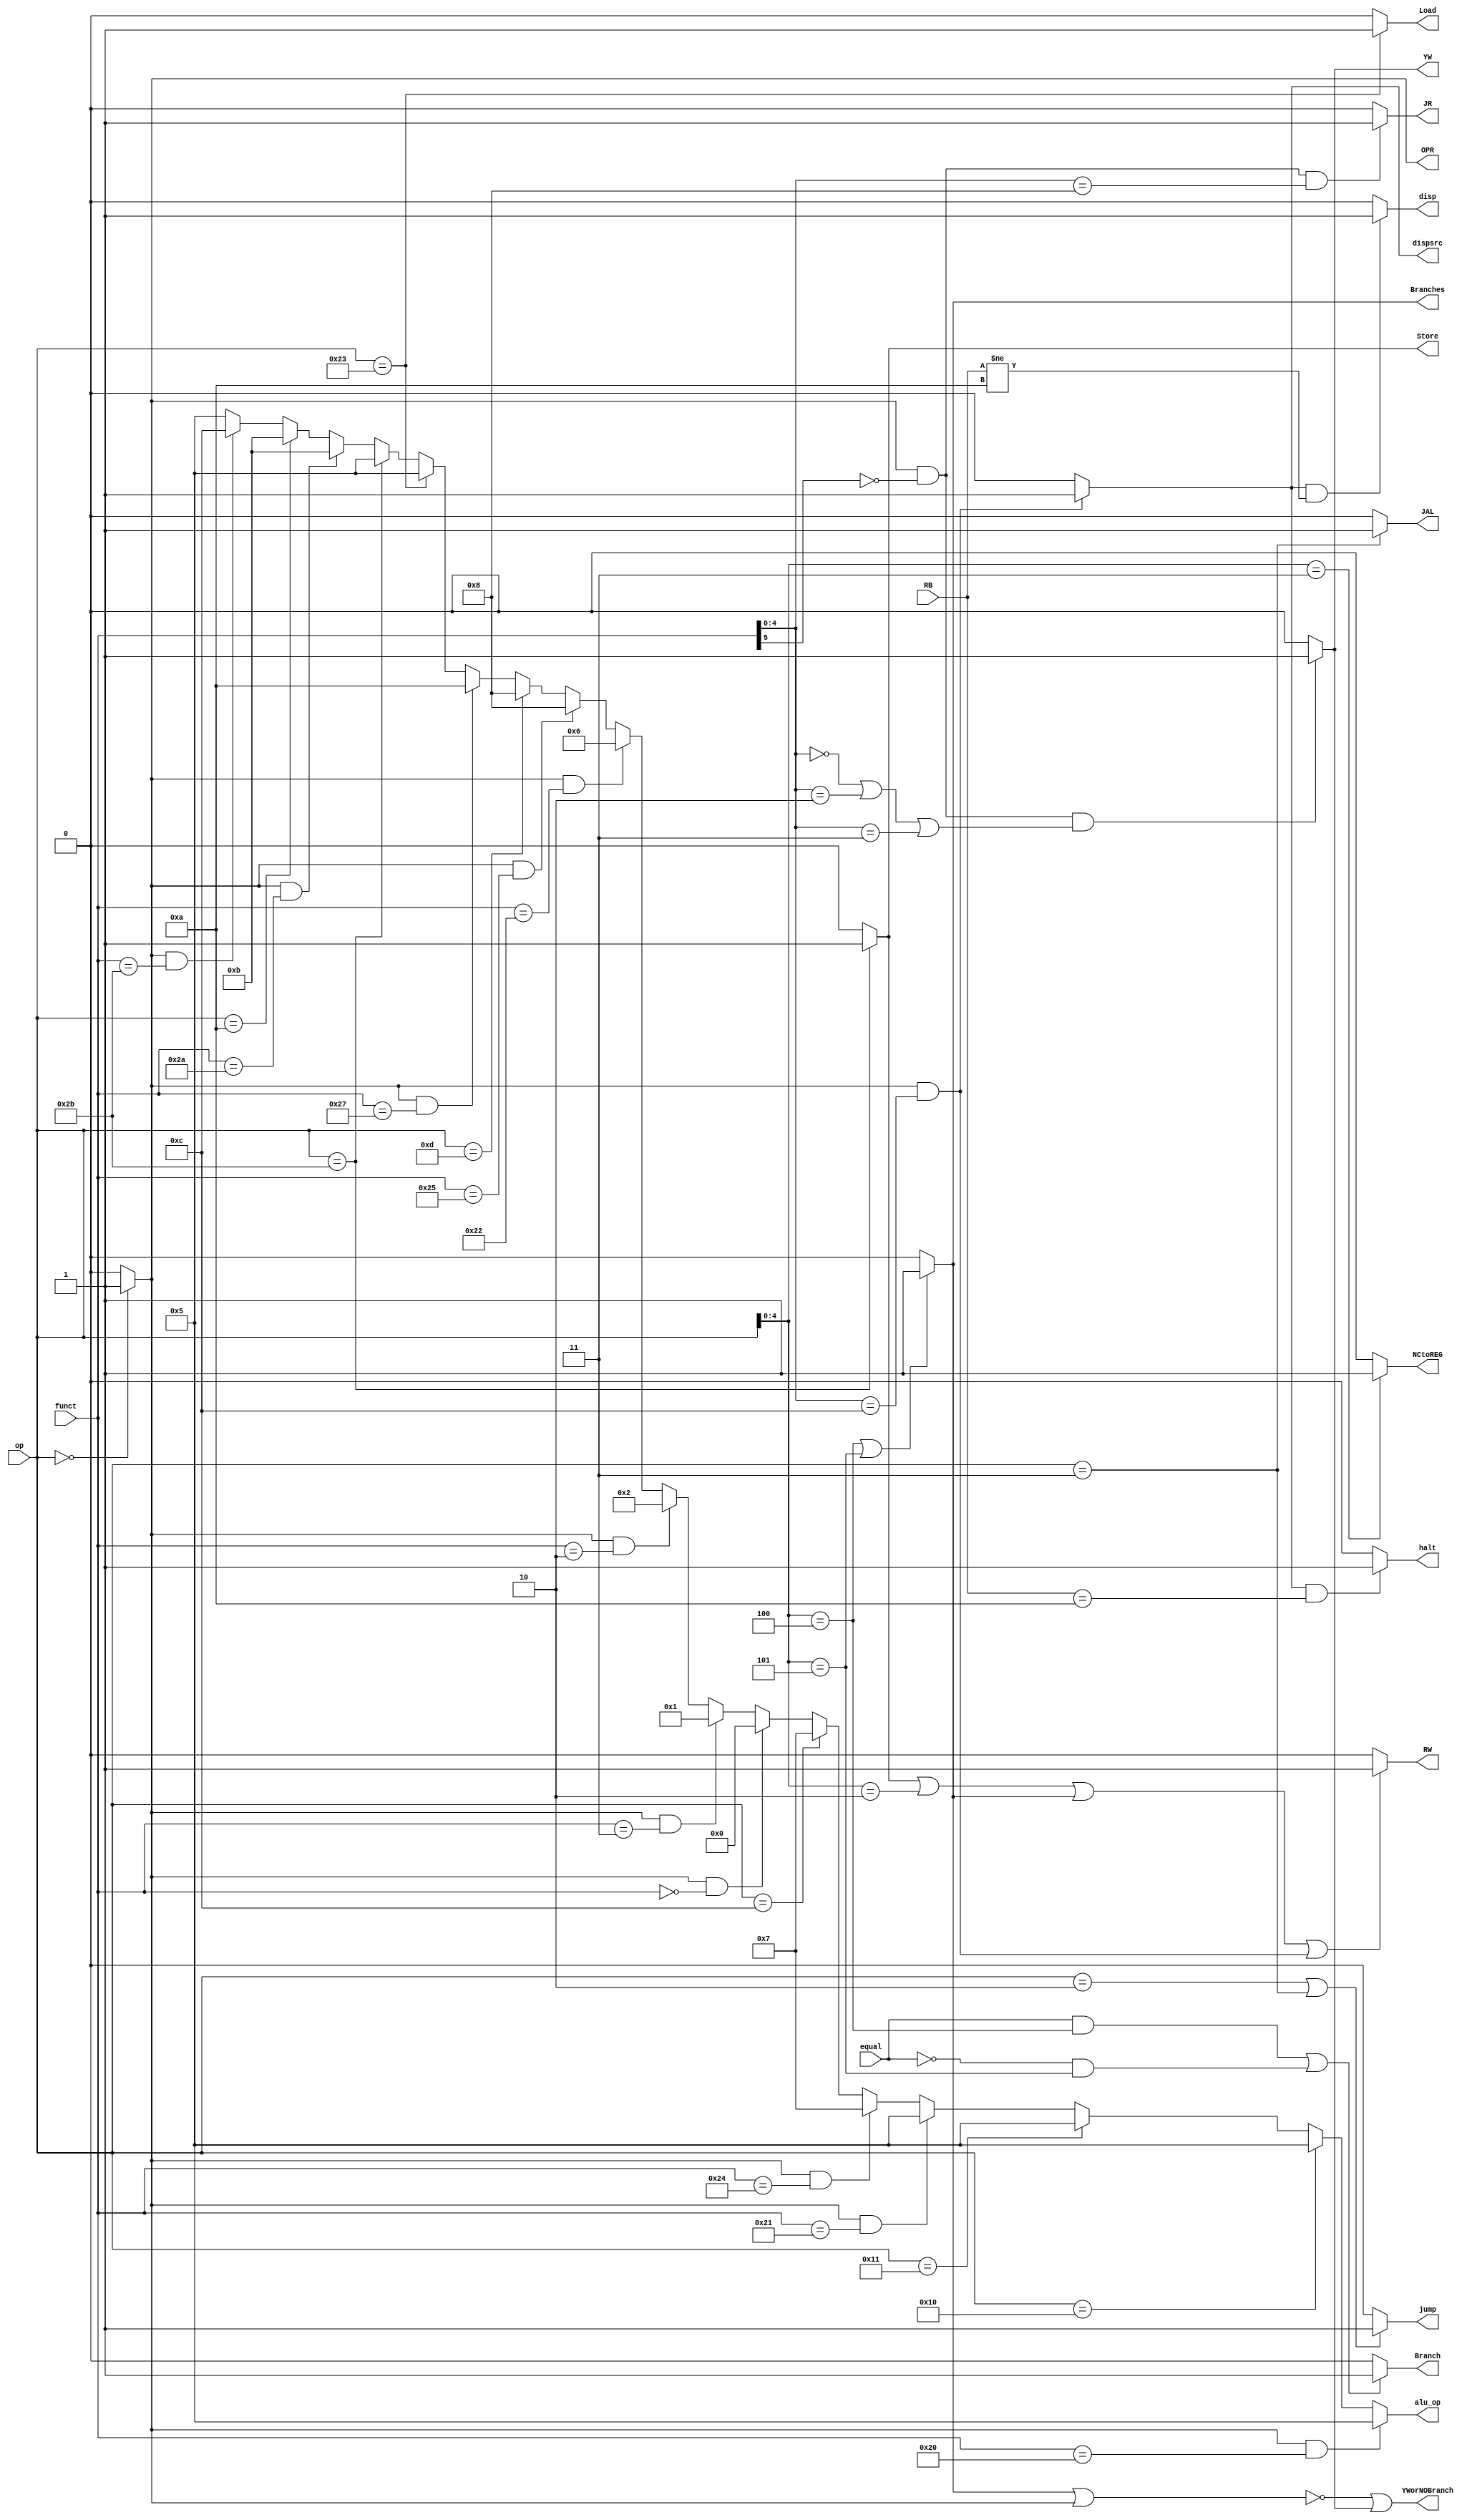
`timescale 1ns / 1ps
//////////////////////////////////////////////////////////////////////////////////
// Company: 
// Engineer: 
// 
// Design Name: 
// Module Name: control
// Project Name: 
// Target Devices: 
// Tool Versions: 
// Description: 
// 
// Dependencies: 
// 
// Revision:
// Revision 0.01 - File Created
// Additional Comments:
// 
//////////////////////////////////////////////////////////////////////////////////


module control(op,funct,equal,RB,jump,NCtoREG,YWorNOBranch,Branch,Store,JAL,OPR,JR,Load,RW,YW,Branches,alu_op,dispsrc,disp,halt);
 input [5:0] op;
 input [5:0] funct;
 input equal;
 input [31:0] RB;
 output  jump,NCtoREG,YWorNOBranch,Branch,Store,JAL,OPR,JR,Load,RW,YW,Branches, dispsrc,disp,halt;
 output [3:0] alu_op;
   assign OPR=(op==0)?1:0;
   assign jump=(op==6'b000010||op==6'b000011)?1:0;
   assign JAL=(op==6'b000011)?1:0;
   assign NCtoREG=(op[4:0]==5'b00011)?1:0;
   assign Load=(op==6'b100011)?1:0;
   assign Branches=(op[4:0]==5'b00100||op[4:0]==5'b00101)?1:0;
   assign Store=(op==6'b101011)?1:0;
   assign Branch=((equal&&(op[4:0]==5'b00100))||(~equal&&op[4:0]==5'b00101))?1:0;
   assign YW=(OPR&&(~funct[5:5])&&((funct[4:0]==5'b00000)||(funct[4:0]==5'b00010)||(funct[4:0]==5'b00011)))?1:0;
   assign YWorNOBranch=(~(Branches||OPR)||YW);
   assign RW=(Store||(op[4:0]==5'b00010)||Branches||(OPR&&(funct[4:0]==5'b01100)))?1:0;
   assign JR=(OPR&&(~funct[5:5])&&(funct[4:0]==5'b01000))?1:0;
   assign dispsrc=(OPR&&(funct[4:0]==5'b01100))?1:0;
   assign halt=(dispsrc&&(RB==10))?1:0;
   assign disp=(dispsrc&&(RB!=10))?1:0;
  
   assign alu_op=(OPR&&(funct==6'b100000))?4'b0101:
                 (op==6'b010000)?4'b0101:
                 (op==6'b010001)?4'b0101:
                 (OPR&&(funct==6'b100001))?4'b0101:
                 (OPR&&(funct==6'b100100))?4'b0111:
                 (op==6'b001100)?4'b0111:
                 (OPR&&(funct==6'b000000))?4'b0000:
                 (OPR&&(funct==6'b000011))?4'b0001:
                 (OPR&&(funct==6'b000010))?4'b0010:
                 (OPR&&(funct==6'b100010))?4'b0110:
                 (OPR&&(funct==6'b100101))?4'b1000:
                 (op==6'b001101)?4'b1000:
                 (OPR&&(funct==6'b100111))?4'b1010:
                 (op==6'b100011)?4'b0101:
                 (op==6'b101011)?4'b0101:
                 (OPR&&(funct==6'b101010))?4'b1011:
                 (op==6'b001010)?4'b1011:
                 (OPR&&(funct==6'b101011))?4'b1100:
                 (op==6'b000011)?4'b0101:4'b0101;//0101default
endmodule